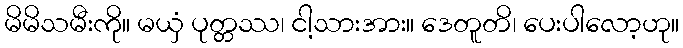
မိမိသမီးကို။ မယှံ ပုတ္တဿ၊ ငါ့သားအား။ ဒေတူတိ၊ ပေးပါလော့ဟု။